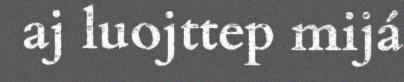
aj luojttep mijá